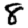
Digit: 8